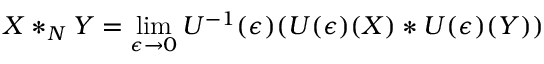
X * _ { N } Y = \operatorname * { l i m } _ { \epsilon \to 0 } U ^ { - 1 } ( \epsilon ) ( U ( \epsilon ) ( X ) * U ( \epsilon ) ( Y ) )